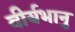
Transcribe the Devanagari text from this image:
वीर्यभानु